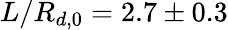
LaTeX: L/R_{d,0}=2.7\pm 0.3